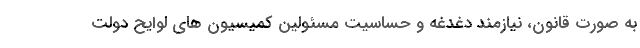
به صورت قانون، نیازمند دغدغه و حساسیت مسئولین کمیسیون های لوایح دولت